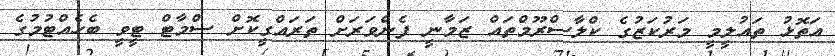
އަތޮޅު ތައުލީމީ މަރުކަޒުގެ ކްލާސްރޫމްތައް ޒަމާނީ ފެންވަރަށް ތަރައްގީކޮށް ސްމާޓް ޓީވީ ބެހެއްޓުމުގެ